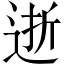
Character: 逝